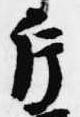
片